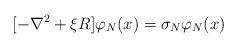
LaTeX: \begin{align*}[- \nabla^2 + \xi R]\varphi_N(x) = \sigma_N\varphi_N(x)\end{align*}